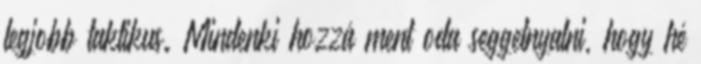
legjobb taktikus. Mindenki hozzá ment oda seggetnyalni, hogy hé